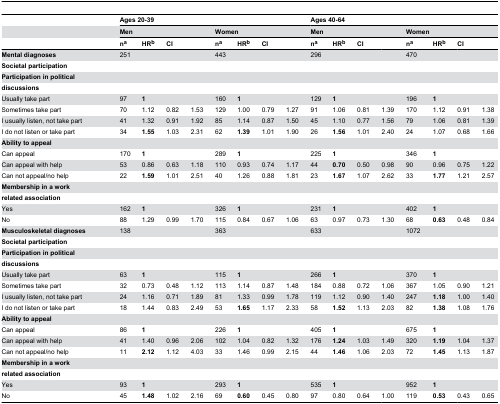
<table><thead><tr><td></td><td colspan="8"><b>Ages 20-39</b></td><td colspan="8"><b>Ages 40-64</b></td></tr><tr><td></td><td colspan="4"><b>Men</b></td><td colspan="4"><b>Women</b></td><td colspan="4"><b>Men</b></td><td colspan="4"><b>Women</b></td></tr><tr><td></td><td><b>n<sup>a</sup></b></td><td><b>HR<sup>b</sup></b></td><td><b>CI</b></td><td></td><td><b>n<sup>a</sup></b></td><td><b>HR<sup>b</sup></b></td><td><b>CI</b></td><td></td><td><b>n<sup>a</sup></b></td><td><b>HR<sup>b</sup></b></td><td><b>CI</b></td><td></td><td><b>n<sup>a</sup></b></td><td><b>HR<sup>b</sup></b></td><td><b>CI</b></td><td></td></tr></thead><tbody><tr><td><b>Mental diagnoses</b></td><td>251</td><td></td><td></td><td></td><td>443</td><td></td><td></td><td></td><td>296</td><td></td><td></td><td></td><td>470</td><td></td><td></td><td></td></tr><tr><td><b>Societal participation</b></td><td></td><td></td><td></td><td></td><td></td><td></td><td></td><td></td><td></td><td></td><td></td><td></td><td></td><td></td><td></td><td></td></tr><tr><td><b>Participation in political</b></td><td></td><td></td><td></td><td></td><td></td><td></td><td></td><td></td><td></td><td></td><td></td><td></td><td></td><td></td><td></td><td></td></tr><tr><td><b>discussions</b></td><td></td><td></td><td></td><td></td><td></td><td></td><td></td><td></td><td></td><td></td><td></td><td></td><td></td><td></td><td></td><td></td></tr><tr><td> Usually take part</td><td>97</td><td><b>1</b></td><td></td><td></td><td>160</td><td><b>1</b></td><td></td><td></td><td>129</td><td><b>1</b></td><td></td><td></td><td>196</td><td><b>1</b></td><td></td><td></td></tr><tr><td> Sometimes take part</td><td>70</td><td>1.12</td><td>0.82</td><td>1.53</td><td>129</td><td>1.00</td><td>0.79</td><td>1.27</td><td>91</td><td>1.06</td><td>0.81</td><td>1.39</td><td>170</td><td>1.12</td><td>0.91</td><td>1.38</td></tr><tr><td> I usually listen, not take part</td><td>41</td><td>1.32</td><td>0.91</td><td>1.92</td><td>85</td><td>1.14</td><td>0.87</td><td>1.50</td><td>45</td><td>1.10</td><td>0.77</td><td>1.56</td><td>79</td><td>1.06</td><td>0.81</td><td>1.39</td></tr><tr><td> I do not listen or take part</td><td>34</td><td><b>1.55</b></td><td>1.03</td><td>2.31</td><td>62</td><td><b>1.39</b></td><td>1.01</td><td>1.90</td><td>26</td><td><b>1.56</b></td><td>1.01</td><td>2.40</td><td>24</td><td>1.07</td><td>0.68</td><td>1.66</td></tr><tr><td><b>Ability to appeal</b></td><td></td><td></td><td></td><td></td><td></td><td></td><td></td><td></td><td></td><td></td><td></td><td></td><td></td><td></td><td></td><td></td></tr><tr><td> Can appeal</td><td>170</td><td><b>1</b></td><td></td><td></td><td>289</td><td><b>1</b></td><td></td><td></td><td>225</td><td><b>1</b></td><td></td><td></td><td>346</td><td><b>1</b></td><td></td><td></td></tr><tr><td> Can appeal with help</td><td>53</td><td>0.86</td><td>0.63</td><td>1.18</td><td>110</td><td>0.93</td><td>0.74</td><td>1.17</td><td>44</td><td><b>0.70</b></td><td>0.50</td><td>0.98</td><td>90</td><td>0.96</td><td>0.75</td><td>1.22</td></tr><tr><td> Can not appeal/no help</td><td>22</td><td><b>1.59</b></td><td>1.01</td><td>2.51</td><td>40</td><td>1.26</td><td>0.88</td><td>1.81</td><td>23</td><td><b>1.67</b></td><td>1.07</td><td>2.62</td><td>33</td><td><b>1.77</b></td><td>1.21</td><td>2.57</td></tr><tr><td><b>Membership in a work</b></td><td></td><td></td><td></td><td></td><td></td><td></td><td></td><td></td><td></td><td></td><td></td><td></td><td></td><td></td><td></td><td></td></tr><tr><td><b>related association</b></td><td></td><td></td><td></td><td></td><td></td><td></td><td></td><td></td><td></td><td></td><td></td><td></td><td></td><td></td><td></td><td></td></tr><tr><td> Yes</td><td>162</td><td><b>1</b></td><td></td><td></td><td>326</td><td><b>1</b></td><td></td><td></td><td>231</td><td><b>1</b></td><td></td><td></td><td>402</td><td><b>1</b></td><td></td><td></td></tr><tr><td> No</td><td>88</td><td>1.29</td><td>0.99</td><td>1.70</td><td>115</td><td>0.84</td><td>0.67</td><td>1.06</td><td>63</td><td>0.97</td><td>0.73</td><td>1.30</td><td>68</td><td><b>0.63</b></td><td>0.48</td><td>0.84</td></tr><tr><td><b>Musculoskeletal diagnoses</b></td><td>138</td><td></td><td></td><td></td><td>363</td><td></td><td></td><td></td><td>633</td><td></td><td></td><td></td><td>1072</td><td></td><td></td><td></td></tr><tr><td><b>Societal participation</b></td><td></td><td></td><td></td><td></td><td></td><td></td><td></td><td></td><td></td><td></td><td></td><td></td><td></td><td></td><td></td><td></td></tr><tr><td><b>Participation in political</b></td><td></td><td></td><td></td><td></td><td></td><td></td><td></td><td></td><td></td><td></td><td></td><td></td><td></td><td></td><td></td><td></td></tr><tr><td><b>discussions</b></td><td></td><td></td><td></td><td></td><td></td><td></td><td></td><td></td><td></td><td></td><td></td><td></td><td></td><td></td><td></td><td></td></tr><tr><td> Usually take part</td><td>63</td><td><b>1</b></td><td></td><td></td><td>115</td><td><b>1</b></td><td></td><td></td><td>266</td><td><b>1</b></td><td></td><td></td><td>370</td><td><b>1</b></td><td></td><td></td></tr><tr><td> Sometimes take part</td><td>32</td><td>0.73</td><td>0.48</td><td>1.12</td><td>113</td><td>1.14</td><td>0.87</td><td>1.48</td><td>184</td><td>0.88</td><td>0.72</td><td>1.06</td><td>367</td><td>1.05</td><td>0.90</td><td>1.21</td></tr><tr><td> I usually listen, not take part</td><td>24</td><td>1.16</td><td>0.71</td><td>1.89</td><td>81</td><td>1.33</td><td>0.99</td><td>1.78</td><td>119</td><td>1.12</td><td>0.90</td><td>1.40</td><td>247</td><td><b>1.18</b></td><td>1.00</td><td>1.40</td></tr><tr><td> I do not listen or take part</td><td>18</td><td>1.44</td><td>0.83</td><td>2.49</td><td>53</td><td><b>1.65</b></td><td>1.17</td><td>2.33</td><td>58</td><td><b>1.52</b></td><td>1.13</td><td>2.03</td><td>82</td><td><b>1.38</b></td><td>1.08</td><td>1.76</td></tr><tr><td><b>Ability to appeal</b></td><td></td><td></td><td></td><td></td><td></td><td></td><td></td><td></td><td></td><td></td><td></td><td></td><td></td><td></td><td></td><td></td></tr><tr><td> Can appeal</td><td>86</td><td><b>1</b></td><td></td><td></td><td>226</td><td><b>1</b></td><td></td><td></td><td>405</td><td><b>1</b></td><td></td><td></td><td>675</td><td><b>1</b></td><td></td><td></td></tr><tr><td> Can appeal with help</td><td>41</td><td>1.40</td><td>0.96</td><td>2.06</td><td>102</td><td>1.04</td><td>0.82</td><td>1.32</td><td>176</td><td><b>1.24</b></td><td>1.03</td><td>1.49</td><td>320</td><td><b>1.19</b></td><td>1.04</td><td>1.37</td></tr><tr><td> Can not appeal/no help</td><td>11</td><td><b>2.12</b></td><td>1.12</td><td>4.03</td><td>33</td><td>1.46</td><td>0.99</td><td>2.15</td><td>44</td><td><b>1.46</b></td><td>1.06</td><td>2.03</td><td>72</td><td><b>1.45</b></td><td>1.13</td><td>1.87</td></tr><tr><td><b>Membership in a work</b></td><td></td><td></td><td></td><td></td><td></td><td></td><td></td><td></td><td></td><td></td><td></td><td></td><td></td><td></td><td></td><td></td></tr><tr><td><b>related association</b></td><td></td><td></td><td></td><td></td><td></td><td></td><td></td><td></td><td></td><td></td><td></td><td></td><td></td><td></td><td></td><td></td></tr><tr><td> Yes</td><td>93</td><td><b>1</b></td><td></td><td></td><td>293</td><td><b>1</b></td><td></td><td></td><td>535</td><td><b>1</b></td><td></td><td></td><td>952</td><td><b>1</b></td><td></td><td></td></tr><tr><td> No</td><td>45</td><td><b>1.48</b></td><td>1.02</td><td>2.16</td><td>69</td><td><b>0.60</b></td><td>0.45</td><td>0.80</td><td>97</td><td>0.80</td><td>0.64</td><td>1.00</td><td>119</td><td><b>0.53</b></td><td>0.43</td><td>0.65</td></tr></tbody></table>